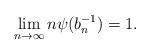
LaTeX: \begin{align*}\lim _{n\to \infty } n\psi(b_n^{-1}) = 1.\end{align*}